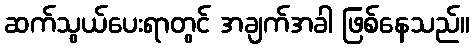
ဆက်သွယ်ပေးရာတွင် အချက်အခါ ဖြစ်နေသည်။